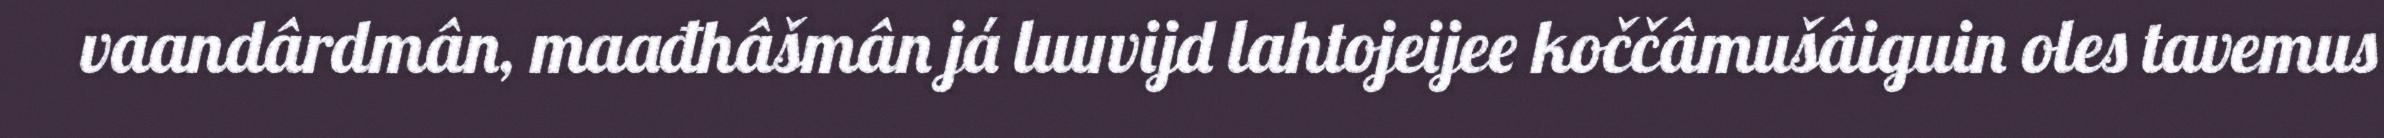
vaandârdmân, maađhâšmân já luuvijd lahtojeijee koččâmušâiguin oles tavemus